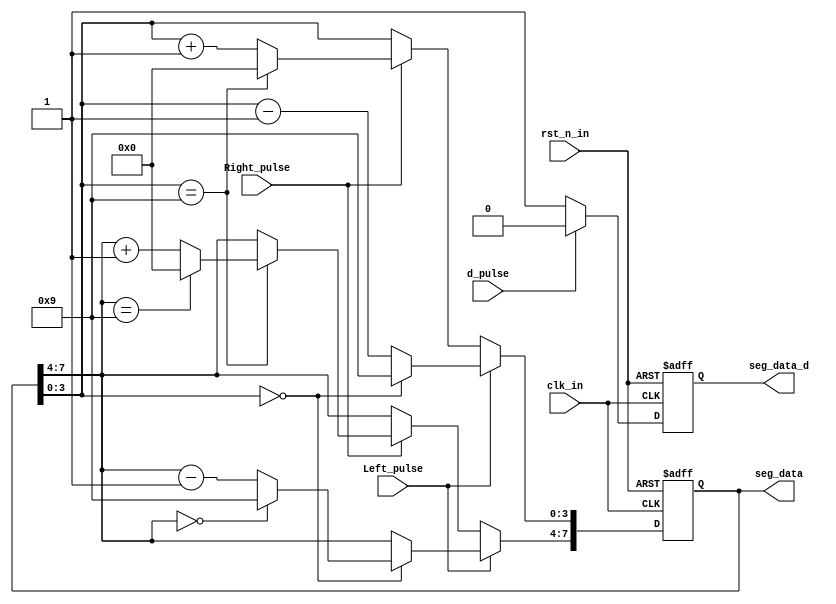
module Decoder
(
	input					clk_in,			
	input					rst_n_in,		
	input					Right_pulse,			
	input					Left_pulse,
	input 					d_pulse,
	output		reg [7:0]	seg_data,
	output 		 reg		seg_data_d
	);

always@(posedge clk_in or negedge rst_n_in) begin
	if(!rst_n_in) begin
		seg_data <= 8'h50;
	end else begin
		if(Left_pulse) begin
			if(seg_data[3:0]==4'd0) begin
				seg_data[3:0] <= 4'd9;
				if(seg_data[7:4]==4'd0) seg_data[7:4] <= 4'd9;
				else seg_data[7:4] <= seg_data[7:4] - 1'b1;
			end else seg_data[3:0] <= seg_data[3:0] - 1'b1;
		end else if(Right_pulse) begin
			if(seg_data[3:0]==4'd9) begin
				seg_data[3:0] <= 4'd0;
				if(seg_data[7:4]==4'd9) seg_data[7:4] <= 4'd0;
				else seg_data[7:4] <= seg_data[7:4] + 1'b1;
			end else seg_data[3:0] <= seg_data[3:0] + 1'b1;
		end else begin
			seg_data <= seg_data;
		end
	end
	
	end
	
always@(posedge clk_in or negedge rst_n_in) begin
	if(!rst_n_in) begin
		seg_data_d <= 8'h50;
	end 
	else 
		begin
		if(d_pulse) begin
			seg_data_d <= 1'b0;
			end
			else begin
				seg_data_d <= 1'b1;
				end
		end
	
	end
	
endmodule